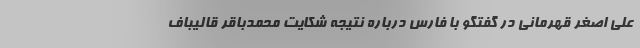
علی اصغر قهرمانی در گفتگو با فارس درباره نتیجه شکایت محمدباقر قالیباف